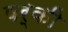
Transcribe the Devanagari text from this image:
षर्की